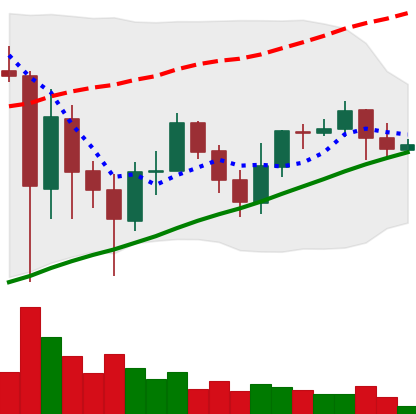
Ticker: ADA-USD
Chart end date: 2021-06-06
Forward return: -14.412%
Label: down_7plus